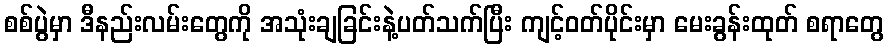
စစ်ပွဲမှာ ဒီနည်းလမ်းတွေကို အသုံးချခြင်းနဲ့ပတ်သက်ပြီး ကျင့်ဝတ်ပိုင်းမှာ မေးခွန်းထုတ် စရာတွေ